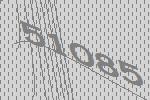
51085